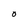
Character: O